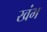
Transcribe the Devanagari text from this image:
खंभ